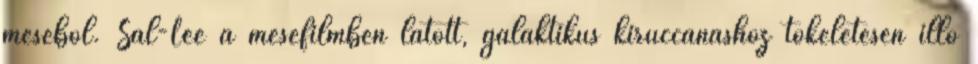
meséből. Sal-Lee a mesefilmben látott, galaktikus kiruccanáshoz tökéletesen illő